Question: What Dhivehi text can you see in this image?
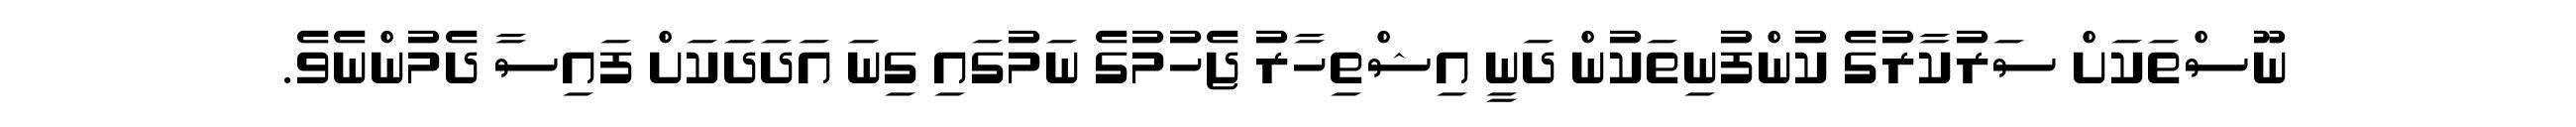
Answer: ނޫސްތަކަށް ސަރުކާރުގެ ކުންފުނިތަކުން ދަނީ އިޝްތިހާރު ޖެހުމުގެ ނަމުގައި ގިނަ އަދަދަކަށް ފައިސާ ދެމުންނެވެ.